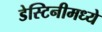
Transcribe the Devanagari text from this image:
डेस्टिनीमध्ये